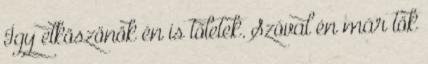
Így elköszönök én is tőletek. Szóval én már tök